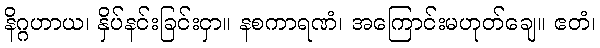
နိဂ္ဂဟာယ၊ နှိပ်နင်းခြင်းငှာ။ နစကာရဏံ၊ အကြောင်းမဟုတ်ချေ။ ဧတံ၊